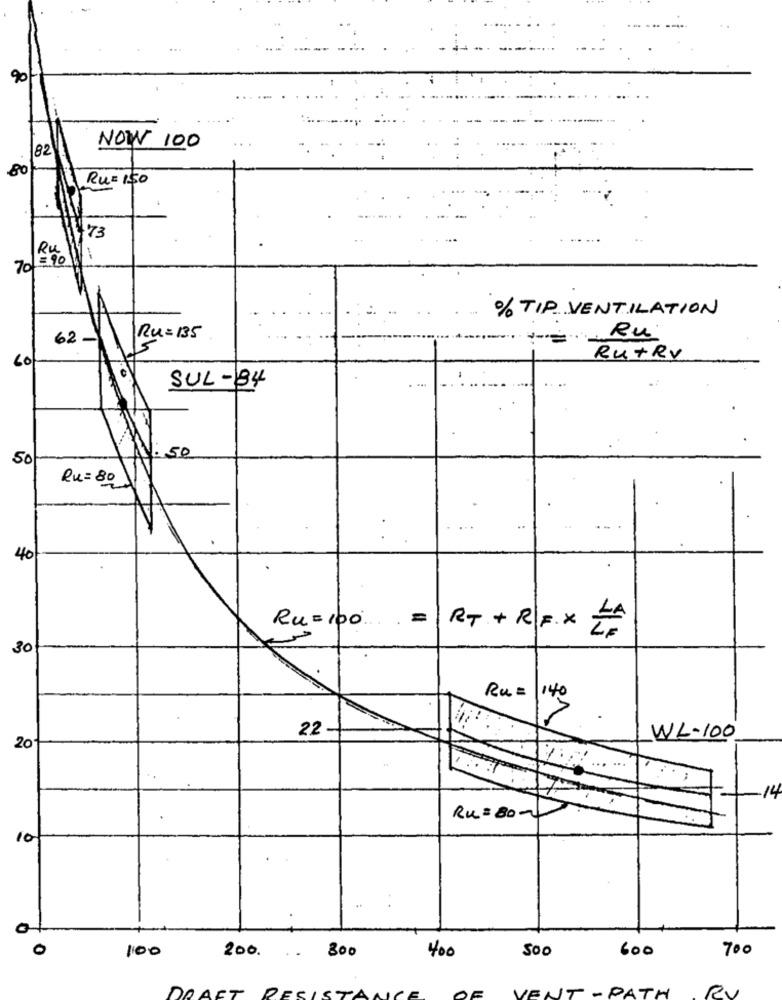
90
82
NOW 100
80
Ru= 150
73
Ru
70 =90
-
% TIP VENTILATION
Ru
62 -1
Ru=135
15
RU+RY
60
SUL-84
50
1.50
Ru=80
40
Ru=100
.=
RT + R|F. X ZA
30
Ru=
1.40
22 -
WL-100
20
14
Ru=80-
10
100
Soo
600
700
200. .. 800
400
VENT - PATH
RV
DRAFT RESISTI